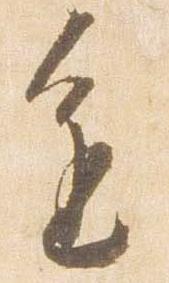
進